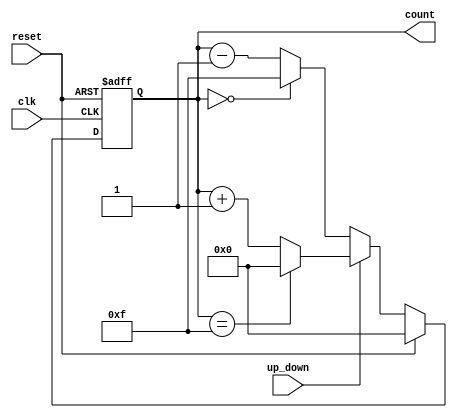
module up_down_counter #(
    parameter WIDTH = 4 // Set the width of the counter
) (
    input wire clk,          // Clock input
    input wire up_down,      // Control signal: 1 for counting up, 0 for counting down
    input wire reset,        // Asynchronous reset input
    output reg [WIDTH-1:0] count // Output count
);

    // Internal state to hold the current count value
    reg [WIDTH-1:0] next_count;

    always @(*) begin
        // Next state logic based on the current count and control signal
        if (reset) begin
            next_count = 0; // Reset state
        end else begin
            if (up_down) begin
                // Counting Up
                if (count == {(WIDTH){1'b1}}) begin
                    next_count = 0; // Wrap around to 0 when max count is reached
                end else begin
                    next_count = count + 1;
                end
            end else begin
                // Counting Down
                if (count == 0) begin
                    next_count = {(WIDTH){1'b1}}; // Wrap around to max count when at 0
                end else begin
                    next_count = count - 1;
                end
            end
        end
    end

    always @(posedge clk or posedge reset) begin
        if (reset) begin
            count <= 0; // Asynchronous reset to 0
        end else begin
            count <= next_count; // Update the count on clock edge
        end
    end

endmodule